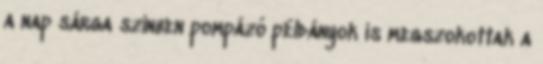
a nap sárga színben pompázó példányok is megszokottak a